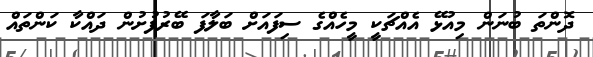
ދޮންތަ ބުނަން މިއުޅޭ އެއްޗަކީ މީހެއްގެ ސިފައަށް ބަލާފަ ބޭރުފުށުން ދައްކާ ކަންތައް